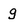
Character: g